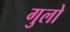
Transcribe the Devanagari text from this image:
गुलो